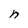
Character: n